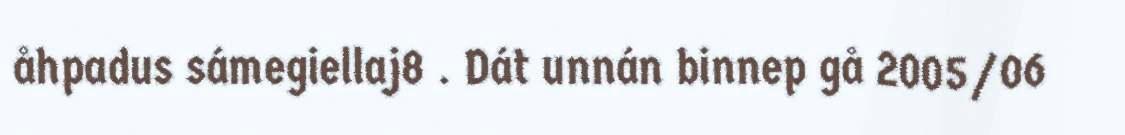
åhpadus sámegiellaj8 . Dát unnán binnep gå 2005/06